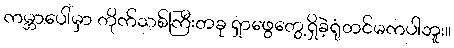
ကမ္ဘာပေါ်မှာ တိုက်သစ်ကြီးတခု ရှာဖွေတွေ့ရှိခဲ့ရုံတင်မကပါဘူး။